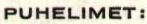
PUHELIMET: